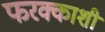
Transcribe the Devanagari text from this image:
फरक्काशी